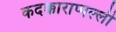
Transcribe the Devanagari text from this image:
कदक्काराप्पल्ली